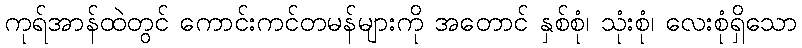
ကုရ်အာန်ထဲတွင် ကောင်းကင်တမန်များကို အတောင် နှစ်စုံ၊ သုံးစုံ၊ လေးစုံရှိသော